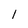
Character: l